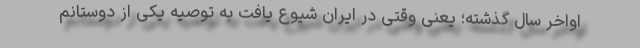
اواخر سال گذشته؛ یعنی وقتی در ایران شیوع یافت به توصیه یکی از دوستانم